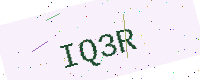
Text: IQ3R